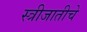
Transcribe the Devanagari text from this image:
स्त्रीजातीचे